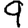
Digit: 9